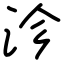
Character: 沴